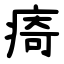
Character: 㾨